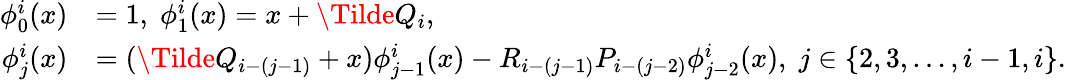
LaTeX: \begin{array}{rl}{\phi_{0}^{i}(x)}&{=1,\; \phi_{1}^{i}(x)=x+\Tilde{Q}_{i},\; }\\ {\phi_{j}^{i}(x)}&{=(\Tilde{Q}_{i-(j-1)}+x)\phi_{j-1}^{i}(x)-R_{i-(j-1)}P_{i-(j-2)}\phi_{j-2}^{i}(x),\; j\in\{ 2,3,\ldots,i-1,i\} .}\end{array}